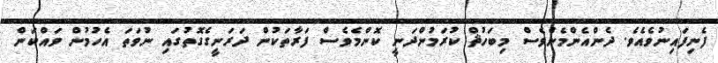
ފެނިފައިނުވެއެވެ. ދެންއެންމެންވެސް މިބަހުޘް ކުރަމުންދަނީ ކޮންމެވެސް ފަރާތަކުން ދަރަނީގެގޮތުގައި ނުވަތަ އެހުމުން ވައްކަން